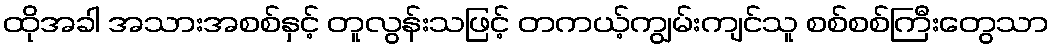
ထိုအခါ အသားအစစ်နှင့် တူလွန်းသဖြင့် တကယ့်ကျွမ်းကျင်သူ စစ်စစ်ကြီးတွေသာ